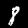
Digit: 8